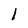
Character: l